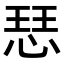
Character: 𢜈